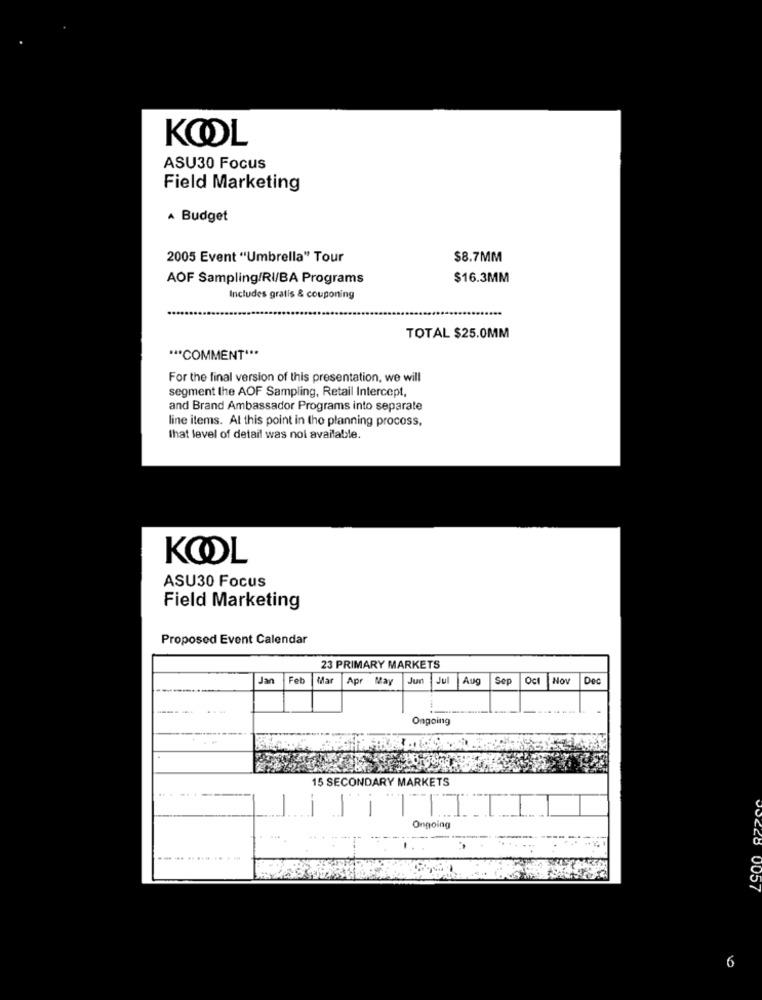
KOOL
ASU30 Focus
Field Marketing
A Budget
2005 Event "Umbrella" Tour
$8.7MM
AOF Sampling/RI/BA Programs
$16.3MM
Includes gratis & couponing
TOTAL $25.0MM
*** COMMENT ***
For the final version of this presentation, we will
segment the AOF Sampling, Retail Intercept,
and Brand Ambassador Programs into separate
line items. At this point in the planning process,
that level of detail was not available.
KOOL
ASU30 Focus
Field Marketing
Proposed Event Calendar
23 PRIMARY MARKETS
Jan
Feb
Mar
Apr May
Jun
Jul
Aug
Sep
Oct Nov
Dec
Ongoing
15 SECONDARY MARKETS
TTITI
Ongoing
6